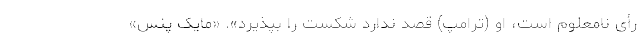
رأی نامعلوم است، او (ترامپ) قصد ندارد شکست را بپذیرد». «مایک پنس»